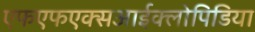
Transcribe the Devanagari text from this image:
एफएफएक्सआईक्लोपिडिया